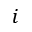
i